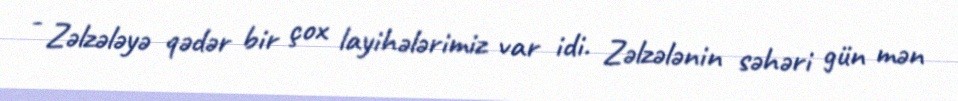
- Zəlzələyə qədər bir çox layihələrimiz var idi. Zəlzələnin səhəri gün mən